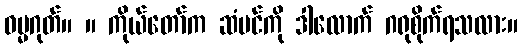
ဓမ္မဂုတ်။ ။ ကိုယ်တော်က ဆံပင်ကို ဒါလောက် ဂရုစိုက်ရသလား။